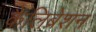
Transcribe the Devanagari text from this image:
कैलिब्रेशन